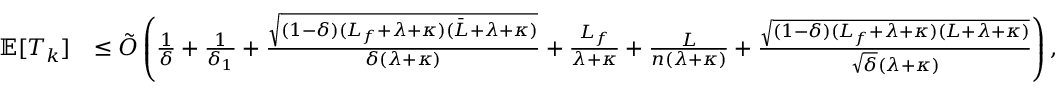
\begin{array} { r l } { \mathbb { E } [ T _ { k } ] } & { \leq { \tilde { \cal O } } \left( \frac { 1 } { \delta } + \frac { 1 } { \delta _ { 1 } } + \frac { \sqrt { ( 1 - \delta ) ( L _ { f } + \lambda + \kappa ) ( { \bar { L } } + \lambda + \kappa ) } } { \delta ( \lambda + \kappa ) } + \frac { L _ { f } } { \lambda + \kappa } + \frac { L } { n ( \lambda + \kappa ) } + \frac { \sqrt { ( 1 - \delta ) ( L _ { f } + \lambda + \kappa ) ( L + \lambda + \kappa ) } } { \sqrt { \delta } ( \lambda + \kappa ) } \right) , } \end{array}